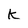
Character: k